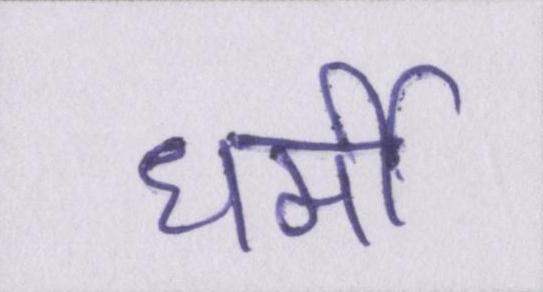
धर्मी